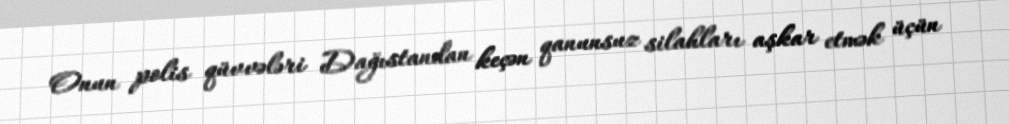
Onun polis qüvvələri Dağıstandan keçən qanunsuz silahları aşkar etmək üçün